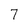
Character: 7